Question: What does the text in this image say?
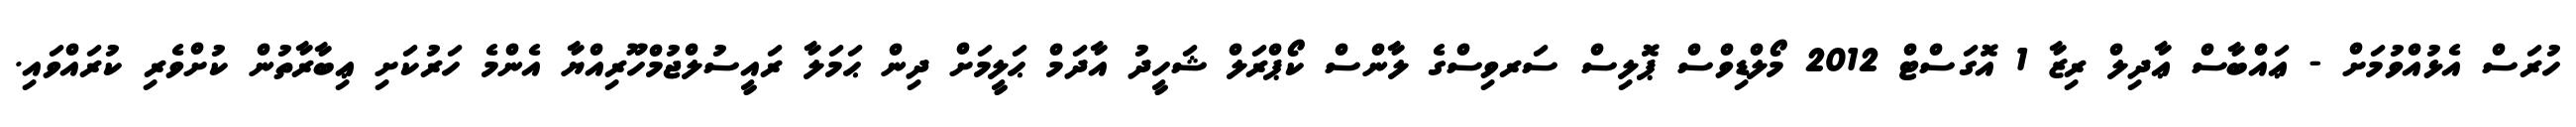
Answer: ހުރަސް އެޅުއްވުމަށް - ޢައްބާސް ޢާދިލް ރިޒާ 1 އޮގަސްޓް 2012 މޯލްޑިވްސް ޕޮލިސް ސަރވިސްގެ ލާންސް ކޯޕްރަލް ޝަހީދު އާދަމް ޙަލީމަށް ދިން ޙަމަލާ ރައީސުލްޖުމްހޫރިއްޔާ އެންމެ ހަރުކަށި ޢިބާރާތުން ކުށްވެރި ކުރައްވައި.